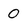
Character: 0